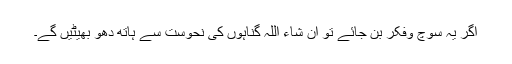
اگر یہ سوچ وفکر بن جائے تو ان شاء اللہ گناہوں کی نحوست سے ہاتھ دھو بھیٹیں گے۔